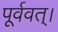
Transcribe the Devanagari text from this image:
पूर्ववत्।